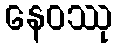
နေဝဿု